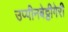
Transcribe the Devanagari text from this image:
उप्पीनबेट्टीगेरी